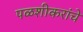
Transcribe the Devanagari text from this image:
पळशीकरांचे